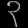
Digit: ၃